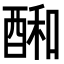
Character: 𮠱